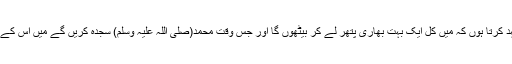
پس مَیں خدا سے عہد کرتا ہوں کہ میں کل ایک بہت بھاری پتھر لے کر بیٹھوں گا اور جس وقت محمد(صلی اللہ علیہ وسلم) سجدہ کریں گے مَیں اس کے سر پر مار دوں گا۔